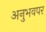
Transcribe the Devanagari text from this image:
अनुभवपर